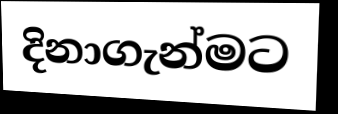
දිනාගැන්මට